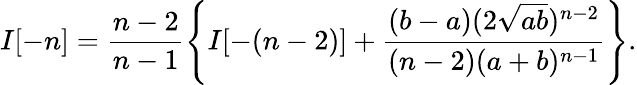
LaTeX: I[-n]=\frac{n-2}{n-1}\left\{ I[-(n-2)]+\frac{(b-a)(2\sqrt{ab})^{n-2}}{(n-2)(a+b)^{n-1}}\right\} .